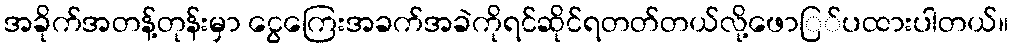
အခိုက်အတန့်တုန်းမှာ ငွေကြေးအခက်အခဲကိုရင်ဆိုင်ရတတ်တယ်လို့ဖောြ်ပထားပါတယ်။